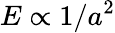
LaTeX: E\propto 1/a^{2}